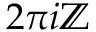
2 \pi i \mathbb { Z }